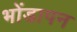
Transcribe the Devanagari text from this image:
भोंडापन